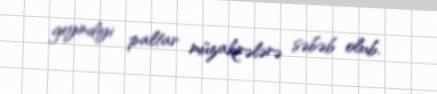
geyindiyi paltar müzakirələrə səbəb olub.